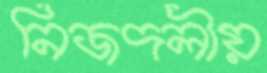
নিজদলীয়